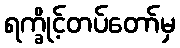
ရက္ခိုင့်တပ်တော်မှ